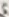
Text: 5